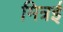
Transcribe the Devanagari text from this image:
मित्रई